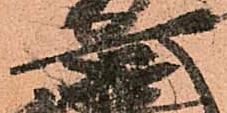
安